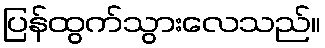
ပြန်ထွက်သွားလေသည်။